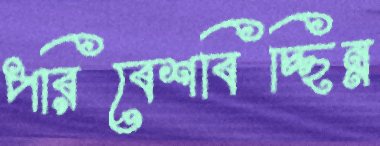
পরিবেশবিচ্ছিন্ন